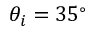
\theta _ { i } = 3 5 ^ { \circ }